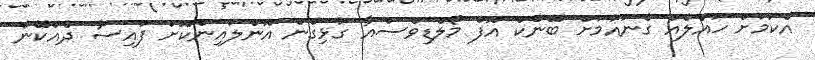
އެކަމަށް ހައްލެއް ގެނައުމަށް ބޭންކް އޮފް މޯލްޑިވްސްއާ ގުޅިގެން އޮންލައިންކޮށް ފައިސާ ދެއްކޭނެ